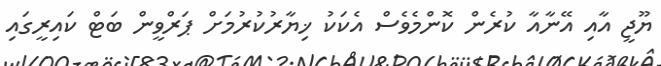
ޔޫޖީ އާއި އޭނާއާ ކުރެން ކޮންމެވެސް އެކަކު ޚިޔާރުކުރުމަށް ޕަރްވީން ބަޓް ކައިރީގައި